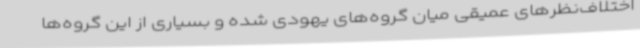
اختلاف‌نظرهای عمیقی میان گروه‌های یهودی شده و بسیاری از این گروه‌ها